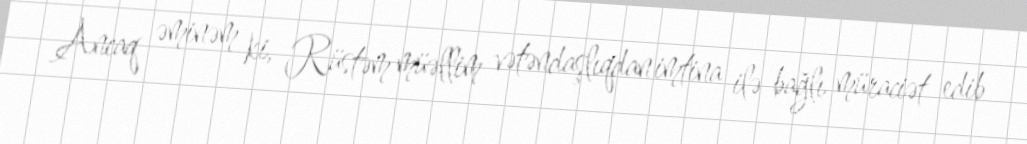
Ancaq əminəm ki, Rüstəm müəllim vətəndaşlıqdan imtina ilə bağlı müraciət edib